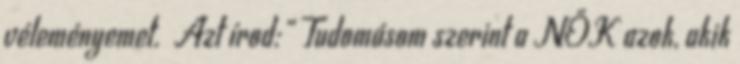
véleményemet. Azt írod:” Tudomásom szerint a NŐK azok, akik